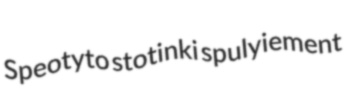
Speotyto stotinki spulyiement